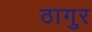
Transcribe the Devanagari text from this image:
ठागुर